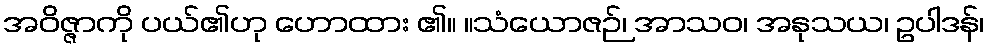
အဝိဇ္ဇာကို ပယ်၏ဟု ဟောထား ၏။ ။သံယောဇဉ်၊ အာသဝ၊ အနုသယ၊ ဥပါဒန်၊